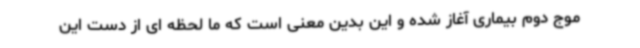
موج دوم بیماری آغاز شده و این بدین معنی است که ما لحظه ای از دست این